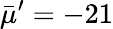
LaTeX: \bar{\mu}^{\prime}=-21